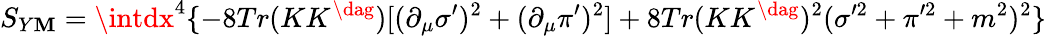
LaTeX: S_{Y\mathbf{M}}=\intdx^{4}\{ -8Tr(KK^{\dag})[(\partial_{\mu}\sigma^{\prime})^{2}+(\partial_{\mu}\pi^{\prime})^{2}]+8Tr(KK^{\dag})^{2}(\sigma^{\prime2}+\pi^{\prime2}+m^{2})^{2}\}